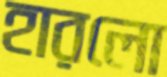
হারলো